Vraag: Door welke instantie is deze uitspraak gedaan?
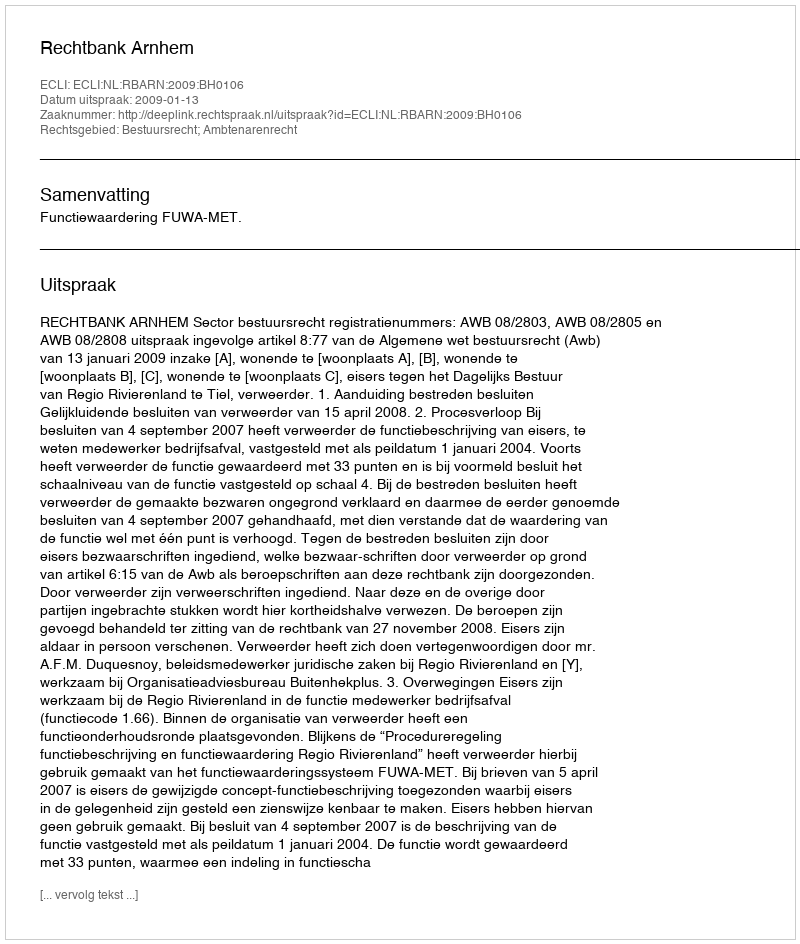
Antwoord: Rechtbank Arnhem